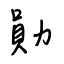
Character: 勛